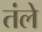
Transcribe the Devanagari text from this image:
तंले